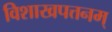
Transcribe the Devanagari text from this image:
विशाखपत्तनम्